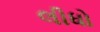
લીધો